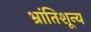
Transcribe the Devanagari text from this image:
भ्रांतिशून्य